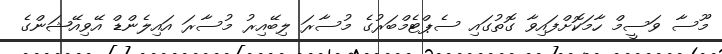
މޫސާ ވަސީމް ހާމަކޮށްފައިވާ ގޮތުގައި ސެޕްޓެމްބަރުގެ މުސާރަ ލިބޭއިރު މުސާރަ އައިލެންޑް އޭވިއޭޝަންގެ